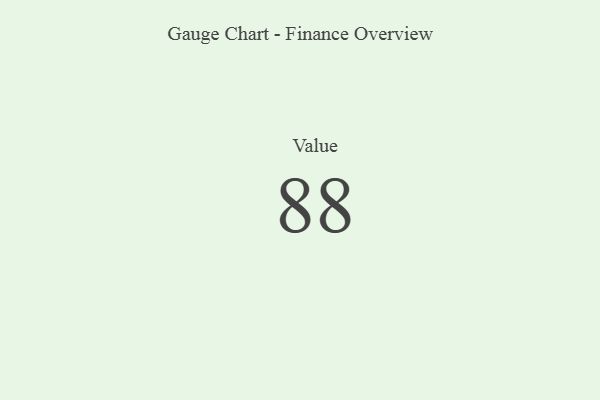
{"axis": {"x": "Metric", "y": "Value"}, "legend": [""], "data": [{"x": "Value", "y": 88, "type": ""}]}